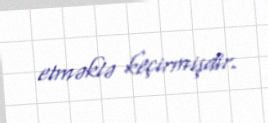
etməklə keçirmişdir.